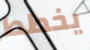
يخطط